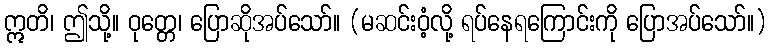
ဣတိ၊ ဤသို့။ ဝုတ္တေ၊ ပြောဆိုအပ်သော်။ (မဆင်းဝံ့လို့ ရပ်နေရကြောင်းကို ပြောအပ်သော်။)